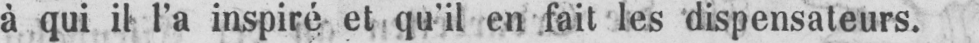
à qui il l’a inspiré et qu’il en fait les dispensateurs.